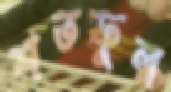
শতফুল